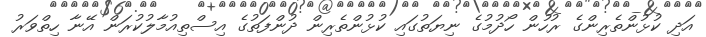
އަދި ކުޅުންތެރިންގެ ރުހުން ހޯދުމުގެ ނިޔަތުގައި ކުޅުންތެރިން ދުންފަތުގެ އިސްތިއުމާލުކުރަން އޭނާ ހިތްވަރު